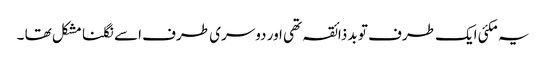
یہ مکئی ایک طرف تو بد ذائقہ تھی اور دوسری طرف اسے نگلنا مشکل تھا ۔